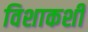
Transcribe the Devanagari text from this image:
विशाकशी